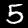
Digit: 5